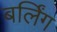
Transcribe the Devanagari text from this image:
बर्लिंग